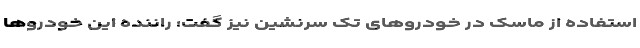
استفاده از ماسک در خودروهای تک سرنشین نیز گفت: راننده این خودروها